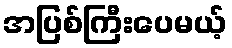
အပြစ်ကြီးပေမယ့်